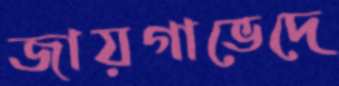
জায়গাভেদে